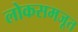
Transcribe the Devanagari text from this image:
लोकसमजूत